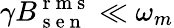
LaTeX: \gamma B_{\mathrm{~s~e~n~}}^{\mathrm{~r~m~s~}}\ll\omega_{m}